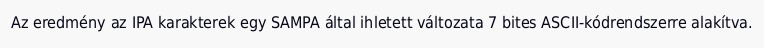
Az eredmény az IPA karakterek egy SAMPA által ihletett változata 7 bites ASCII-kódrendszerre alakítva.